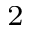
_ 2